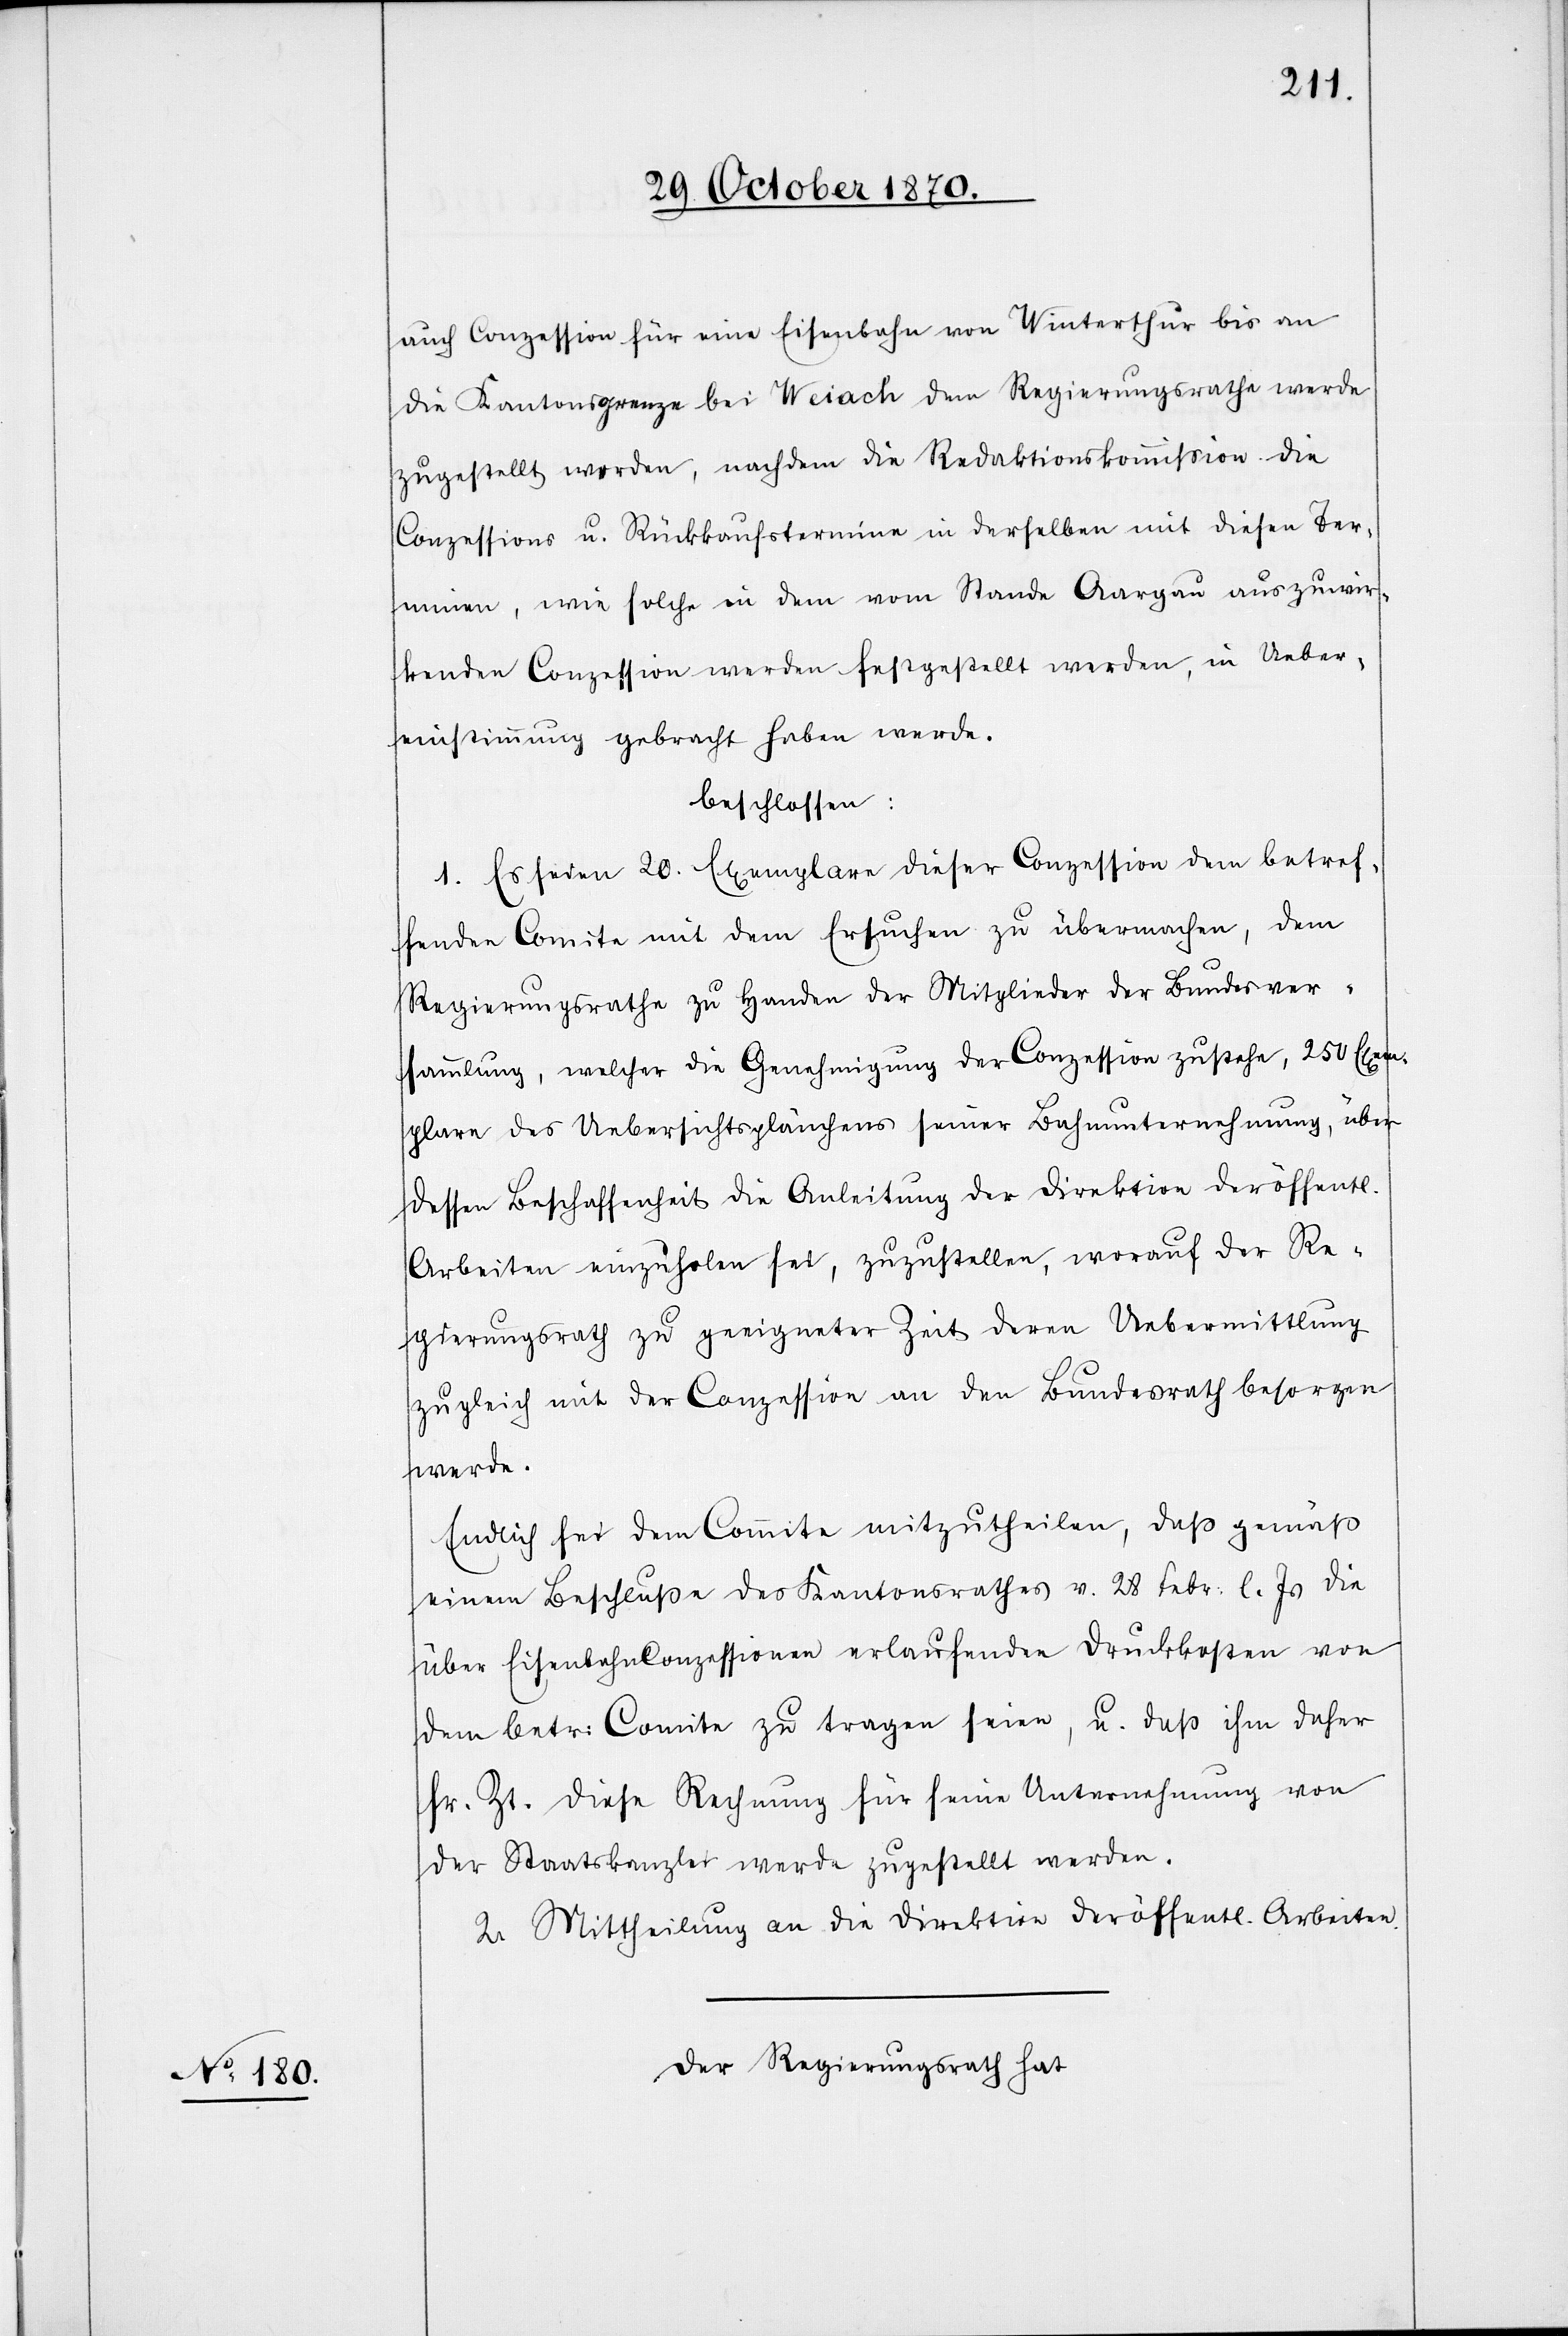
auch Conzession für eine Eisenbahn von Winterthur bis an
die Kantonsgrenze bei Weiach dem Regierungsrathe werde
zugestellt werden, nachdem die Redaktionskommißion die
Conzessions u. Rückkaufstermine in derselben mit diesen Ter¬
minen, wie solche in dem [recte: der] vom Stande Aargau auszuwir¬
kenden Conzession werden festgestellt werden, in Ueber¬
einstimmung gebracht haben werde,
beschlossen:
1. Es seien 20. Exemplare dieser Conzession dem betref¬
fenden Comite mit dem Ersuchen zu übermachen, dem
Regierungsrathe zu Handen der Mitglieder der Bundesver¬
sammlung, welcher die Genehmigung der Conzession zustehe, 250 Exem¬
plare des Uebersichtsplänchens seiner Bahnunternehmung, über
dessen Beschaffenheit die Anleitung der Direktion der öffentl.
Arbeiten einzuholen sei, zuzustellen, worauf der Re¬
gierungsrath zu geeigneter Zeit deren Uebermittlung
zugleich mit der Conzession an den Bundesrath besorgen
werde.
Endlich sei dem Comite mitzutheilen, daß gemäß
einem Beschluße des Kantonsrathes v. 28. Febr: l. Js. die
über Eisenbahnconzessionen erlaufenden Druckkosten von
dem betr: Comite zu tragen seien, u. daß ihm daher
sr. Zt. diese Rechnung für seine Unternehmung von
der Staatskanzlei werde zugestellt werden.
2. Mittheilung an die Direktion der öffentlichen Arbeiten.
Der Regierungsrath hat